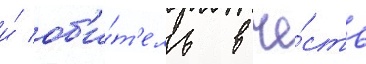
и́ об'и́т'ель в че́сть